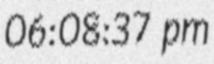
06:08:37 pm